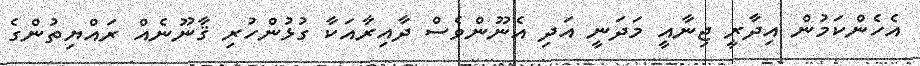
އެހެންކަމުން އިދާރީ ޖިނާއީ މަދަނީ އަދި އެނޫންވެސް ދާއިރާއަކާ ގުޅުންހުރި ޤާނޫނެއް ރައްޔިތުންގެ